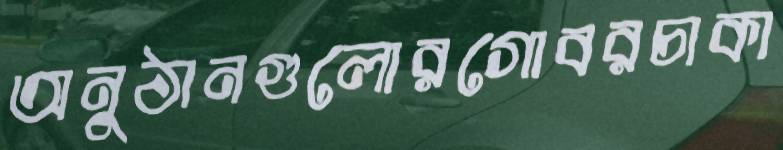
অনুঠানগুলোরগোবরচাকা